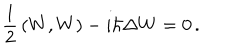
{ \frac { 1 } { 2 } } \left( W , W \right) - i \hbar \Delta W = 0 \, .